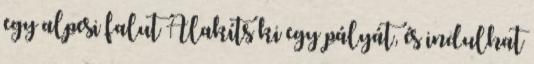
egy alpesi falut Alakíts ki egy pályát, és indulhat